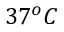
3 7 ^ { o } C